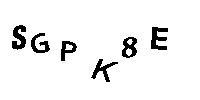
SGPK8E